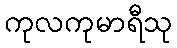
ကုလကုမာရီသု